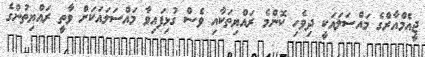
ޖީއެމްއާރްގެ މައްސަލައަކީ ދިވެހި ކޮންމެ ރައްޔިތަކާއި ވެސް ގުޅިފައިވާ މައްސަލައަކަށް ވާތީ ރައްޔިތުންގެ